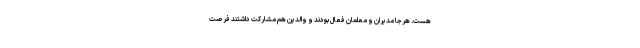
هست. هرجا مدیران و معلمان فعال بودند و والدین هم مشارکت داشتند فرصت